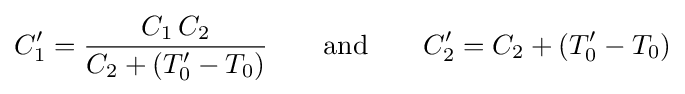
C'_{1}={\frac {C_{1}\,C_{2}}{C_{2}+(T'_{0}-T_{0})}}\qquad {\rm {and}}\qquad C'_{2}=C_{2}+(T'_{0}-T_{0})